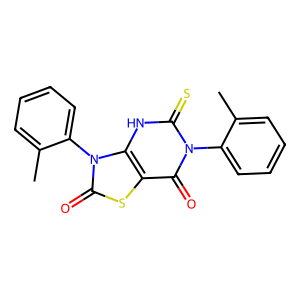
SMILES: Cc1ccccc1-n1c(=S)[nH]c2c(sc(=O)n2-c2ccccc2C)c1=O
Inhibits HIV replication: No